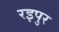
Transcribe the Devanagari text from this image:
रइपुर